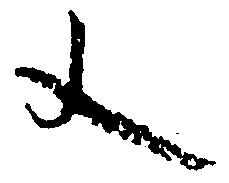
文